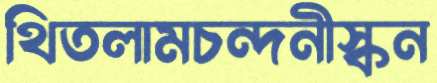
থিতলামচন্দনীস্কন